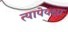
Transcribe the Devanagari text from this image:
त्यापेक्क्षा